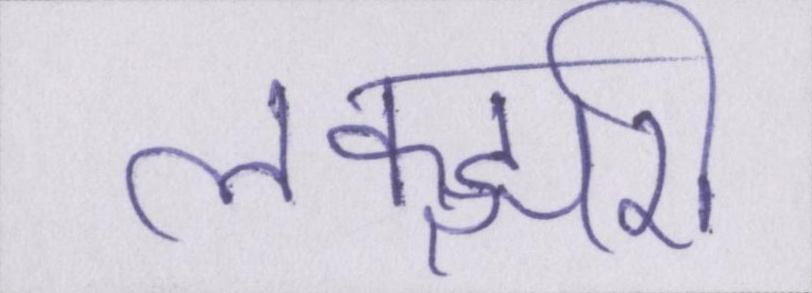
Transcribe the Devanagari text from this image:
लक्झरी